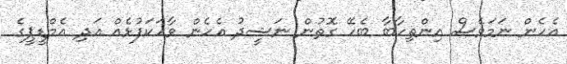
އެހެން ނަމަވެސް އިންތިހާބާ ބެހޭ ގޮތުން ނަޝީދު އެހެން ވާހަކަފުޅެއް އަދި އެމްޑީޕީގެ